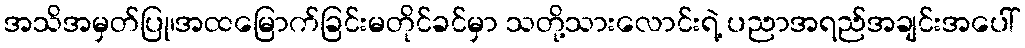
အသိအမှတ်ပြု၊အထမြောက်ခြင်းမတိုင်ခင်မှာ သတို့သားလောင်းရဲ့ ပညာအရည်အချင်းအပေါ်